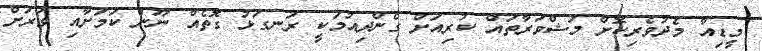
މީޑިއާ މެދުވެރިކޮށް މަޝްވަރާތައް ކުރިއަށް ގެންދިއުމަކީ ރަނގަޅު ގޮތެއް ނޫން ކަމަށާއި ވަރަށް